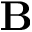
\mathbf { B }